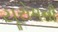
યૂરોપની